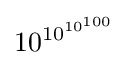
10^{\,\!10^{10^{100}}}